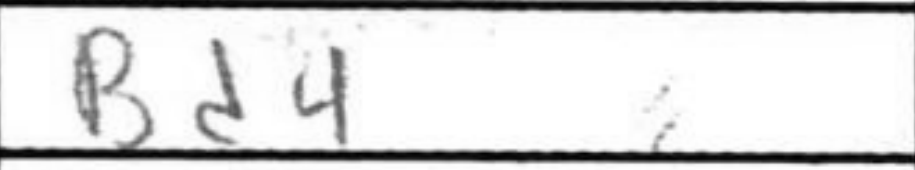
Transcription: Bd4